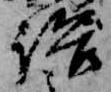
語